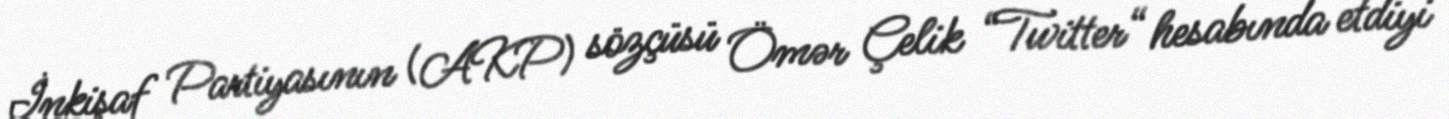
İnkişaf Partiyasının (AKP) sözçüsü Ömər Çelik “Twitter“ hesabında etdiyi